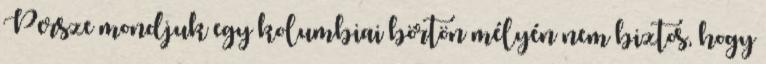
Persze mondjuk egy kolumbiai börtön mélyén nem biztos, hogy